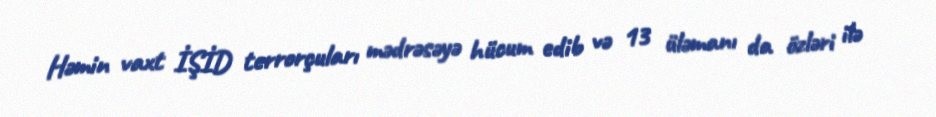
Həmin vaxt İŞİD terrorçuları mədrəsəyə hücum edib və 13 üləmanı da özləri ilə